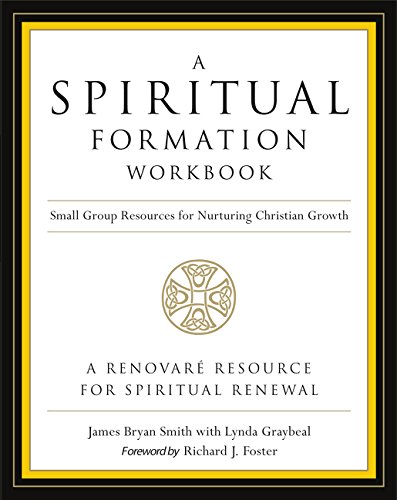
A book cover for A Spiritual Formation Workbook  - Revised edition: Small Group Resources for Nurturing Christian Growth; James Bryan Smith; Christian Books & Bibles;